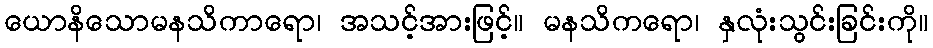
ယောနိသောမနသိကာရော၊ အသင့်အားဖြင့်။ မနသိကရော၊ နှလုံးသွင်းခြင်းကို။